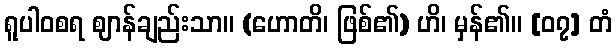
ရူပါဝစရ ဈာန်ချည်းသာ။ (ဟောတိ၊ ဖြစ်၏) ဟိ၊ မှန်၏။ [၀၇] တံ